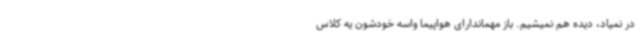
در نمیاد، دیده هم نمیشیم. باز مهماندارای هواپیما واسه خودشون یه کلاس